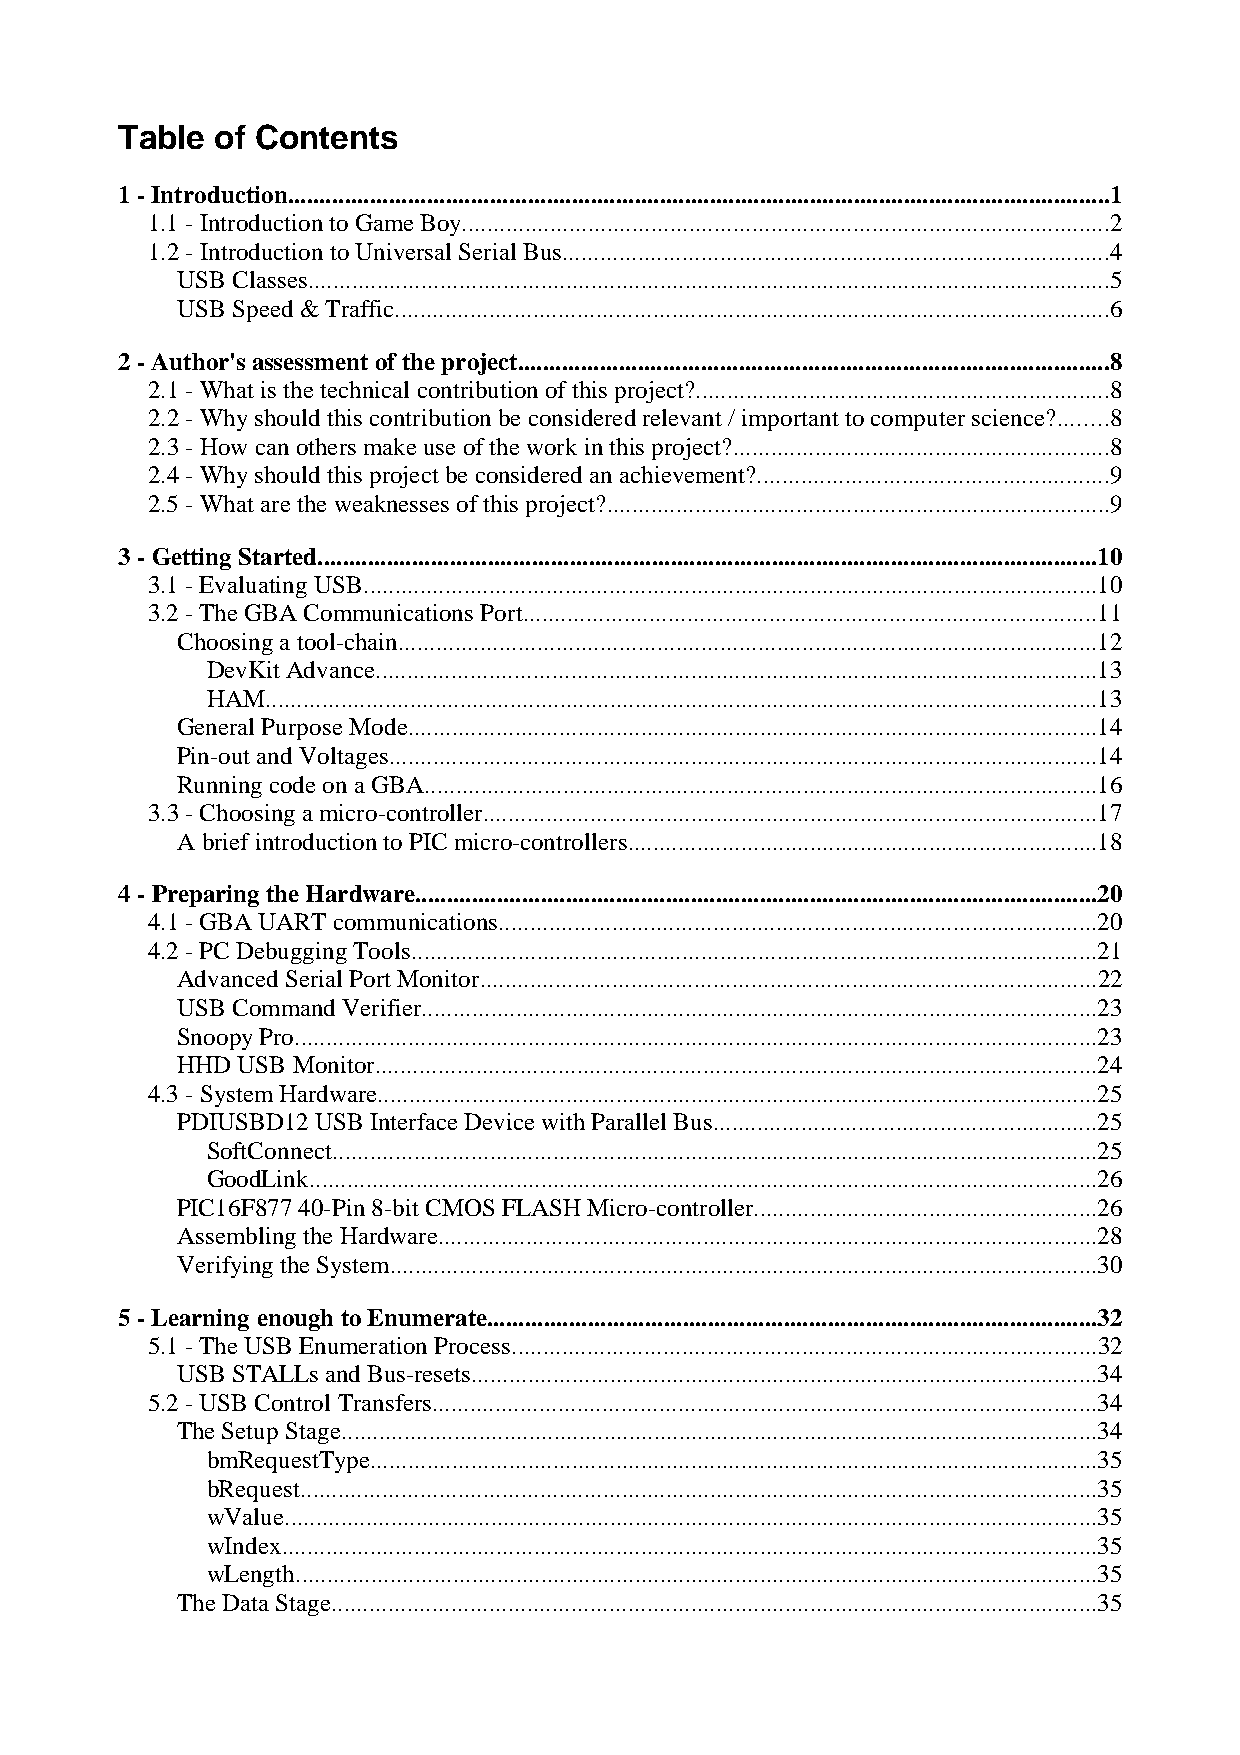
Table of Contents
 1 - Introduction...................................................................................................................................1
 1.1 - Introduction to Game Boy.......................................................................................................2
 1.2 - Introduction to Universal Serial Bus.......................................................................................4
 USB Classes................................................................................................................................5
 USB Speed & Traffic..................................................................................................................6
 2 - Author's assessment of the project..............................................................................................8
 2.1 - What is the technical contribution of this project?..................................................................8
 2.2 - Why should this contribution be considered relevant / important to computer science?........8
 2.3 - How can others make use of the work in this project?............................................................8
 2.4 - Why should this project be considered an achievement?........................................................9
 2.5 - What are the weaknesses of this project?................................................................................9
 3 - Getting Started............................................................................................................................10
 3.1 - Evaluating USB.....................................................................................................................10
 3.2 - The GBA Communications Port...........................................................................................11
 Choosing a tool-chain...............................................................................................................12
 DevKit Advance...................................................................................................................13
 HAM.....................................................................................................................................13
 General Purpose Mode..............................................................................................................14
 Pin-out and Voltages.................................................................................................................14
 Running code on a GBA...........................................................................................................16
 3.3 - Choosing a micro-controller..................................................................................................17
 A brief introduction to PIC micro-controllers...........................................................................18
 4 - Preparing the Hardware.............................................................................................................20
 4.1 - GBA UART communications...............................................................................................20
 4.2 - PC Debugging Tools.............................................................................................................21
 Advanced Serial Port Monitor..................................................................................................22
 USB Command Verifier............................................................................................................23
 Snoopy Pro................................................................................................................................23
 HHD USB Monitor...................................................................................................................24
 4.3 - System Hardware...................................................................................................................25
 PDIUSBD12 USB Interface Device with Parallel Bus.............................................................25
 SoftConnect..........................................................................................................................25
 GoodLink..............................................................................................................................26
 PIC16F877 40-Pin 8-bit CMOS FLASH Micro-controller.......................................................26
 Assembling the Hardware.........................................................................................................28
 Verifying the System.................................................................................................................30
 5 - Learning enough to Enumerate.................................................................................................32
 5.1 - The USB Enumeration Process.............................................................................................32
 USB STALLs and Bus-resets....................................................................................................34
 5.2 - USB Control Transfers..........................................................................................................34
 The Setup Stage.........................................................................................................................34
 bmRequestType....................................................................................................................35
 bRequest...............................................................................................................................35
 wValue..................................................................................................................................35
 wIndex..................................................................................................................................35
 wLength................................................................................................................................35
 The Data Stage..........................................................................................................................35